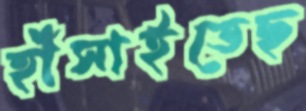
হাঁসাইতেছ